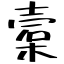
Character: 槖